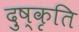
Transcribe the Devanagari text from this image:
दुष्कृति